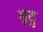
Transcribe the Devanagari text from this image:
मूदु